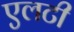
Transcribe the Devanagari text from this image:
एलटी